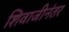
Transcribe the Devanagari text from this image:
शिवाजीनंतर